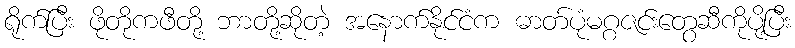
ရိုက်ပြီး ဖိုတိုကဖီတို့ ဘာတို့ဆိုတဲ့ အနောက်နိုင်ငံက ဓာတ်ပုံမဂ္ဂဇင်းတွေဆီကိုပို့ပြီး